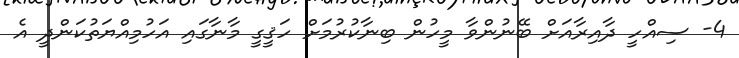
4- ސިއްހީ ދާއިރާއަށް ބޭނުންވާ މީހުން ބިނާކުރުމަށް ހަޤީގީ މާނާގައި އަހުމިއްޔަތުކަންދީ އެ